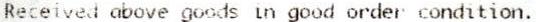
RECEIVED ABOVE GOODS IN GOOD ORDER CONDITION.